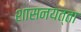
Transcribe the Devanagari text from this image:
शासनयत्ता